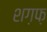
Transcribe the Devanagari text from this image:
शग़फ़